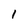
Character: 1